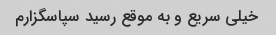
خیلی سریع و به موقع رسید سپاسگزارم